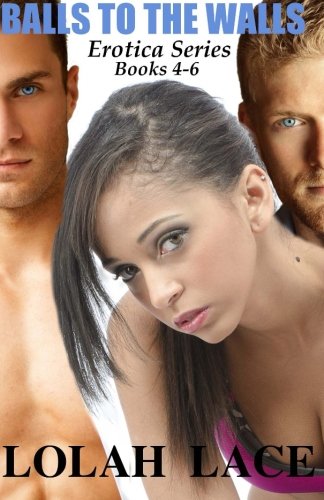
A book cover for Balls To The Walls Erotica Series 4-6; Lolah Lace; Romance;